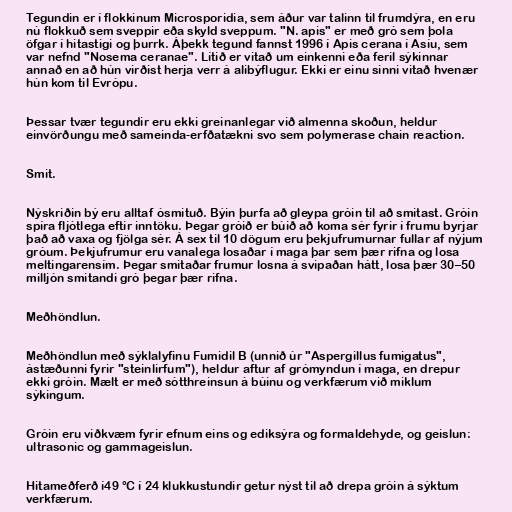
Tegundin er í flokkinum Microsporidia, sem áður var talinn til frumdýra, en eru
nú flokkuð sem sveppir eða skyld sveppum. "N. apis" er með gró sem þola
öfgar í hitastigi og þurrk. Áþekk tegund fannst 1996 í Apis cerana í Asíu, sem
var nefnd "Nosema ceranae". Lítið er vitað um einkenni eða feril sýkinnar
annað en að hún virðist herja verr á alibýflugur. Ekki er einu sinni vitað hvenær
hún kom til Evrópu.

Þessar tvær tegundir eru ekki greinanlegar við almenna skoðun, heldur
einvörðungu með sameinda-erfðatækni svo sem polymerase chain reaction.

Smit.

Nýskriðin bý eru alltaf ósmituð. Býin þurfa að gleypa gróin til að smitast. Gróin
spíra fljótlega eftir inntöku. Þegar gróið er búið að koma sér fyrir í frumu byrjar
það að vaxa og fjölga sér. Á sex til 10 dögum eru þekjufrumurnar fullar af nýjum
gróum. Þekjufrumur eru vanalega losaðar í maga þar sem þær rifna og losa
meltingarensím. Þegar smitaðar frumur losna á svipaðan hátt, losa þær 30–50
milljón smitandi gró þegar þær rifna.

Meðhöndlun.

Meðhöndlun með sýklalyfinu Fumidil B (unnið úr "Aspergillus fumigatus",
ástæðunni fyrir "steinlirfum"), heldur aftur af grómyndun í maga, en drepur
ekki gróin. Mælt er með sótthreinsun á búinu og verkfærum við miklum
sýkingum.

Gróin eru viðkvæm fyrir efnum eins og ediksýra og formaldehyde, og geislun:
ultrasonic og gammageislun.

Hitameðferð í49 °C í 24 klukkustundir getur nýst til að drepa gróin á sýktum
verkfærum.